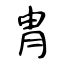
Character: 冑